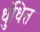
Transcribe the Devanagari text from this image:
धुंधित